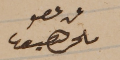
عن عضو ملحم سعيفان